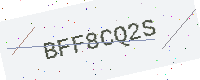
Text: BFF8CQ2S